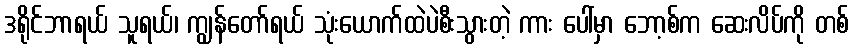
ဒရိုင်ဘာရယ် သူရယ်၊ ကျွန်တော်ရယ် သုံးယောက်ထဲပဲစီးသွားတဲ့ ကား ပေါ်မှာ ဘော့စ်က ဆေးလိပ်ကို တစ်